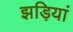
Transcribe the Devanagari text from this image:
झड़ियां